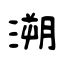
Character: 溯